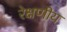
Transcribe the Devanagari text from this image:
रेक्षणीय